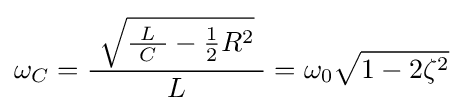
\omega _{C}={\frac {\ {\sqrt {{\tfrac {L}{\ C\ }}-{\tfrac {1}{2}}R^{2}}}\ }{L}}=\omega _{0}{\sqrt {1-2\zeta ^{2}}}\;